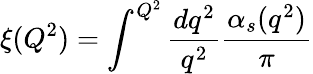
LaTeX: \xi(Q^{2})=\int^{Q^{2}}{\frac{dq^{2}}{q^{2}}}{\frac{\alpha_{s}(q^{2})}{\pi}}